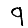
Digit: 9